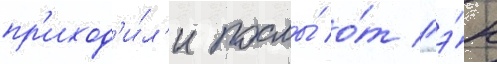
пр'иход'и́л'и послы́ о́т гэ́н